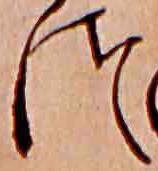
つ